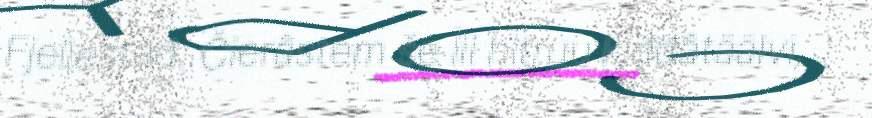
Fjellestad. Čierâstem še lii hitruu kiđđâtäälvi,